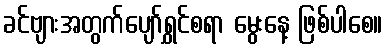
ခင်ဗျားအတွက်ပျော်ရွှင်စရာ မွေးနေ့ ဖြစ်ပါစေ။